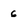
Character: 6